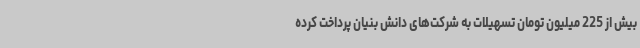
بیش از 225 میلیون تومان تسهیلات به شرکت‌های دانش بنیان پرداخت کرده